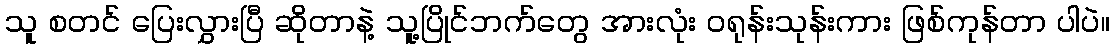
သူ စတင် ပြေးလွှားပြီ ဆိုတာနဲ့ သူ့ပြိုင်ဘက်တွေ အားလုံး ဝရုန်းသုန်းကား ဖြစ်ကုန်တာ ပါပဲ။